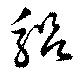
躬